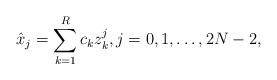
LaTeX: \begin{align*}\hat{x}_j=\sum_{k=1}^{R}c_k z_k^j, j=0,1,\ldots,2N-2,\end{align*}